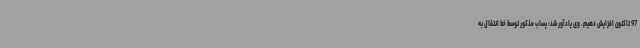
97 تاکنون افزایش دهیم. وی یادآور شد: پساب مذکور توسط خط انتقال به